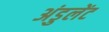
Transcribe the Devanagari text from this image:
अंडुलेंट